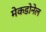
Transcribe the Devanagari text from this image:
मेकडोनेल